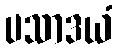
ပသာဒယံ